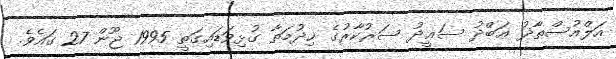
އަލްއުސްތާޛު ޢަބްދު ސަޢީދު ސަރުކާރުގެ ޚިދުމަތާ ގުޅިވަޑައިގަތީ 1995 ޖޫން 27 ގައެވެ.